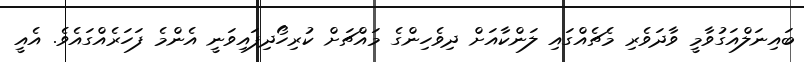
ބައިނަލްއަގުވާމީ ވާދަވެރި މެޗެއްގައި ލަންކާއަށް ދިވެހިންގެ މައްޗަށް ކުރިހޯދިފައިވަނީ އެންމެ ފަހަރެއްގައެވެ. އެއީ